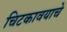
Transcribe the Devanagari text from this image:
चिटकावयाचे